NAE_kihelkonnakohtute_kirjad_ja_protokollid_1869-1889, lk 2
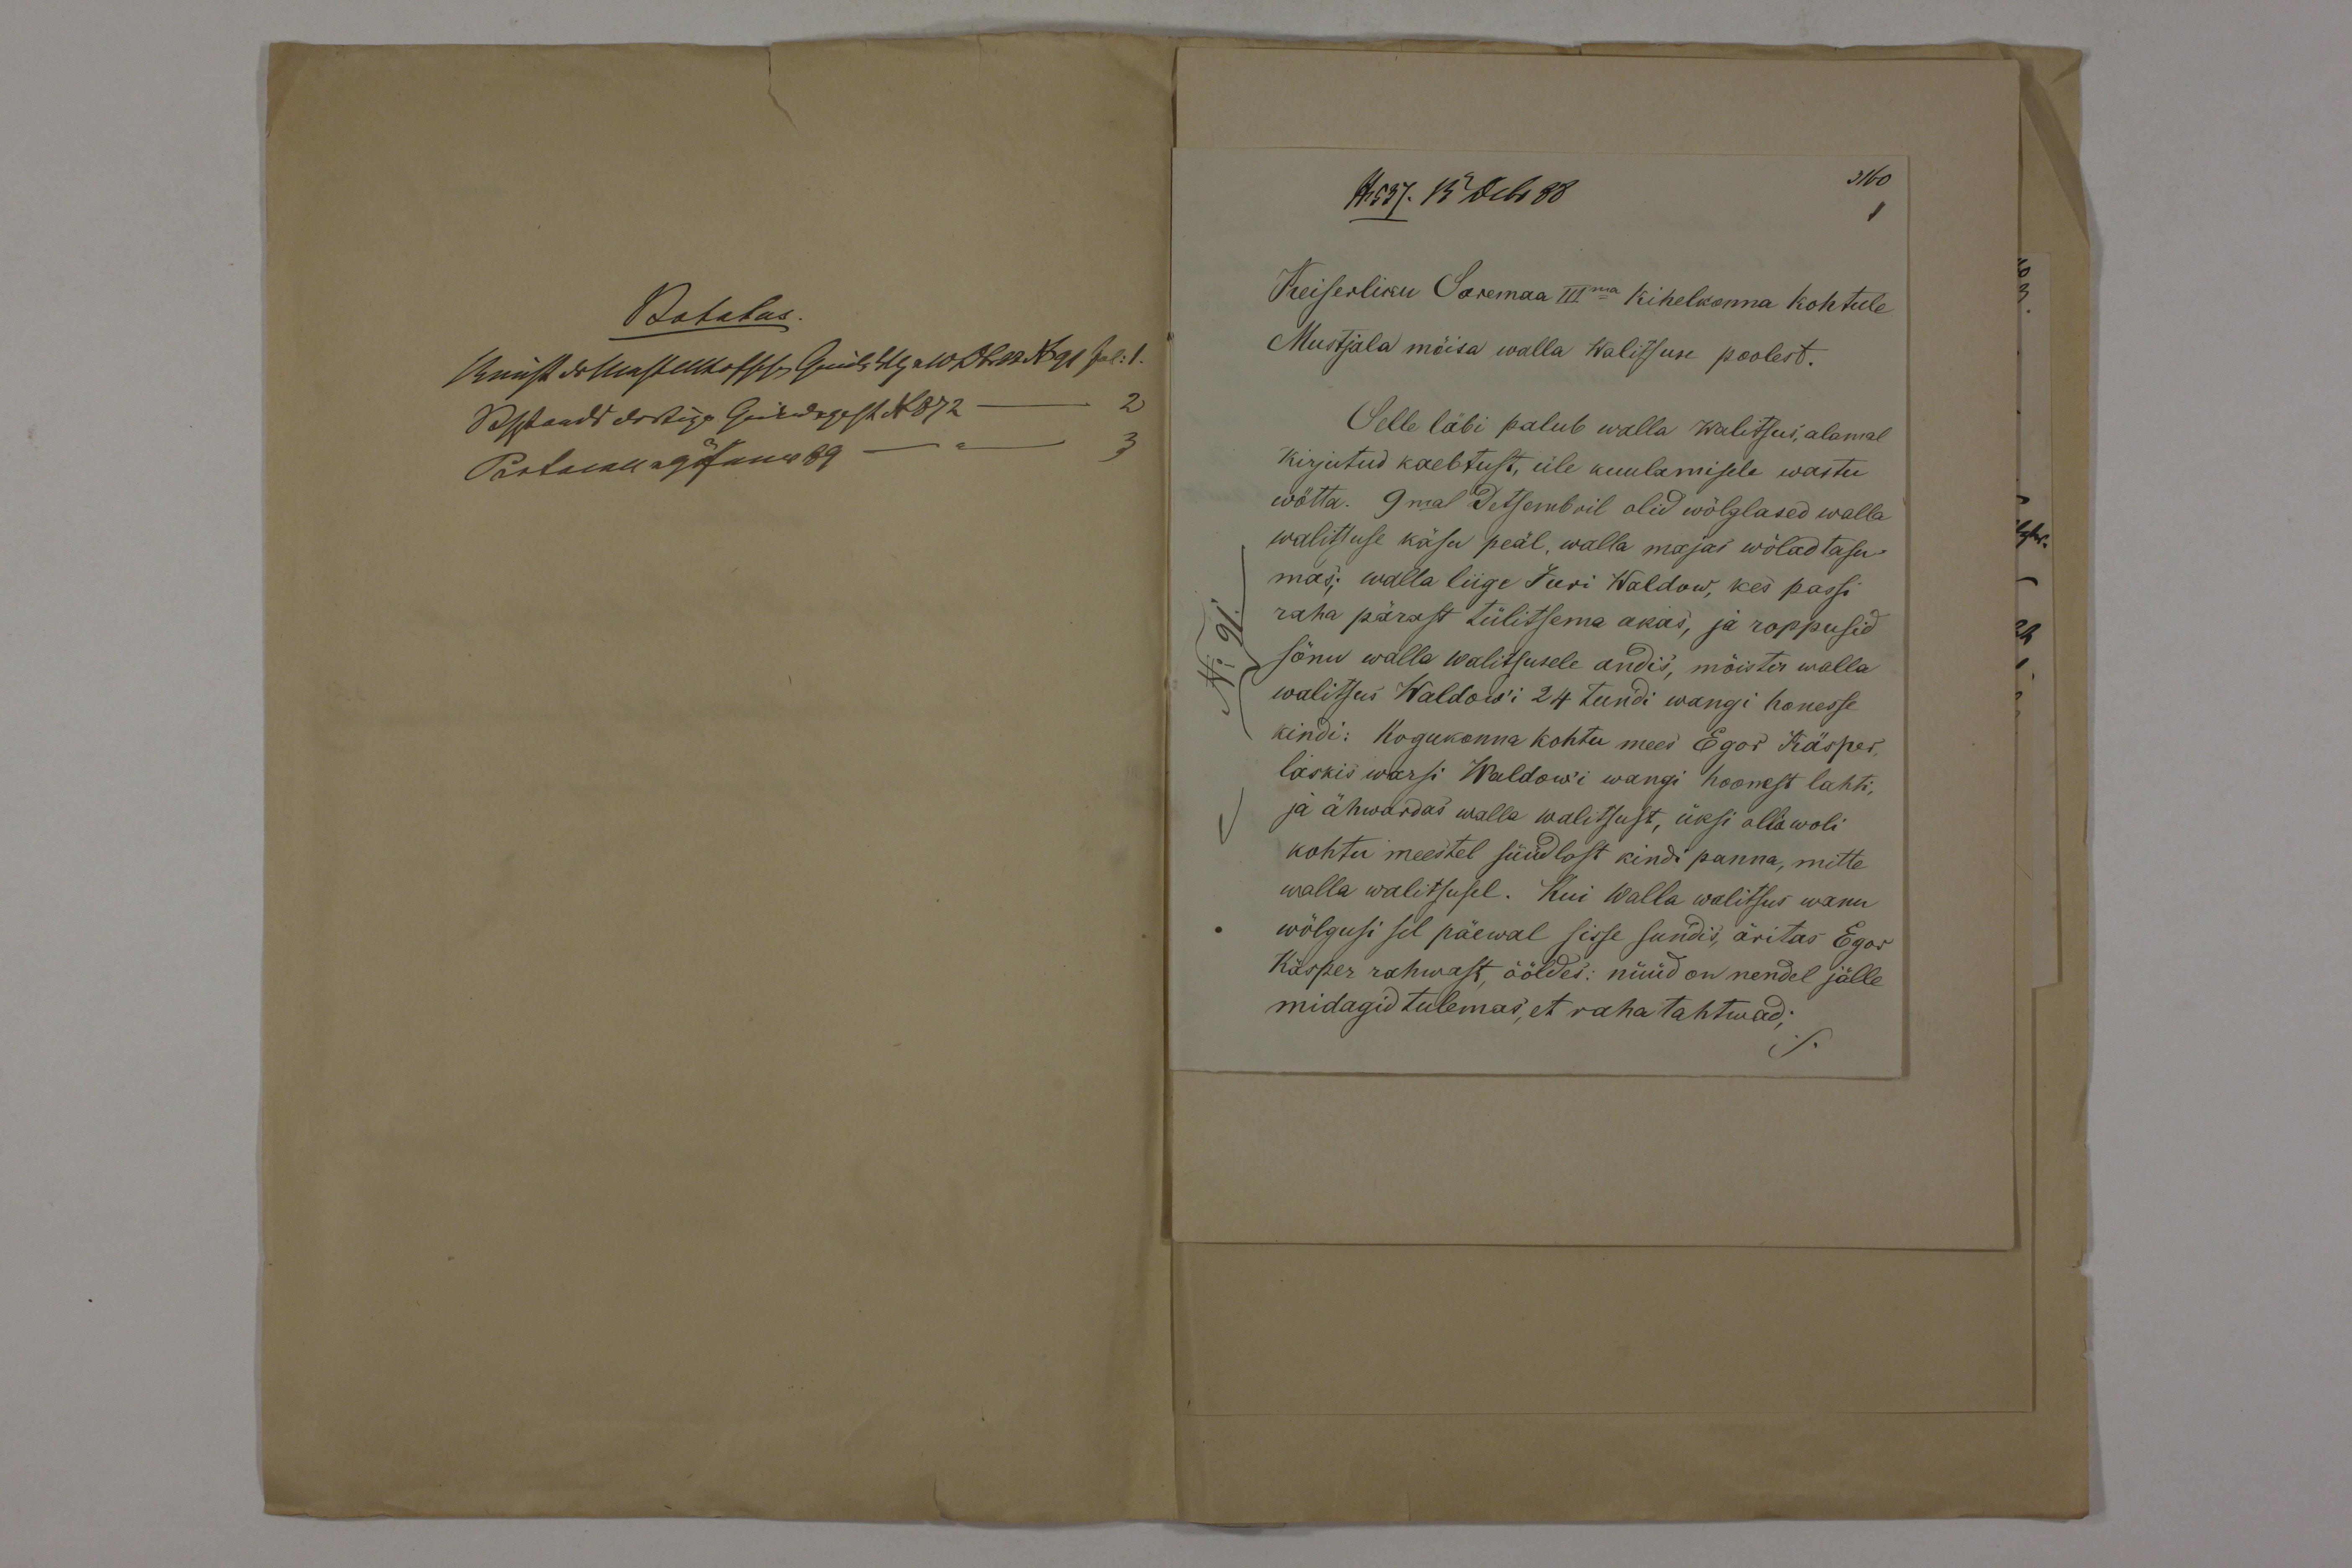
Keiserliku Saremaa IIIma Kihelkonna kohtule
Mustjala mõisa walla Walitsuse poolest.
Selle läbi palub walla Walitsus, alamal
kirjutud kaebtust, üle kuulamisele wastu
wõtta. 9mal Detsembril olid wõlglased walla
walitsuse käsu peal, walla majas wõlad tasu-
mas; walla liige Juri Waldow, kes passi
raha pärast tülitsema akas, ja roppusid
sõnu walla walitsusele andis, mõistes walla
walitsus Waldowi 24 tundi wangi honesse
kindi: Kogukonna kohtu mees Egor Käsper
laskis warsi Waldowi wangi hoonest lahti,
ja ähwardas walla walitsust, üksi olla woli
kohtu meestel süüdlast kindi panna, mitte
walla walitsusel. Kui Walla walitsus wanu
wõlgusi sel päewal sisse sundis, äritas Egor
Käsper rahwast, ööldes: nüüd on nendel jälle
midagid tulemas, et raha tahtwad;